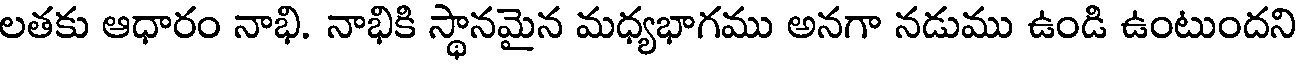
లతకు ఆధారం నాభి. నాభికి స్థానమైన మధ్యభాగము అనగా నడుము ఉండి ఉంటుందని